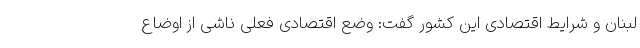
لبنان و شرایط اقتصادی این کشور گفت: وضع اقتصادی فعلی ناشی از اوضاع